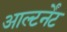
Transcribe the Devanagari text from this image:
आल्टर्नेंट